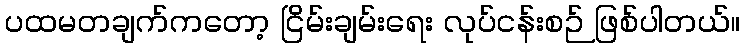
ပထမတချက်ကတော့ ငြိမ်းချမ်းရေး လုပ်ငန်းစဉ် ဖြစ်ပါတယ်။